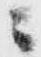
ニ